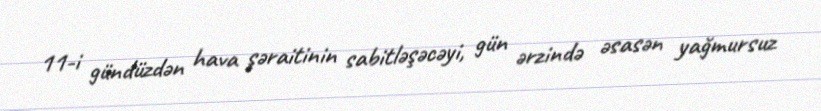
11-i gündüzdən hava şəraitinin sabitləşəcəyi, gün ərzində əsasən yağmursuz